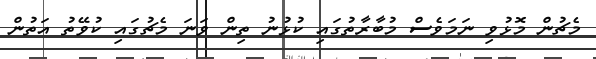
މެޗުން މޮޅުވި ނަމަވެސް މުބާރާތުގައި ކުޅުނު ތިން ވަނަ މެޗުގައި ކުވޭތު އަތުން